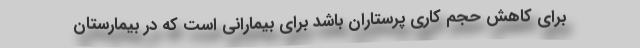
برای کاهش حجم کاری پرستاران باشد برای بیمارانی است که در بیمارستان